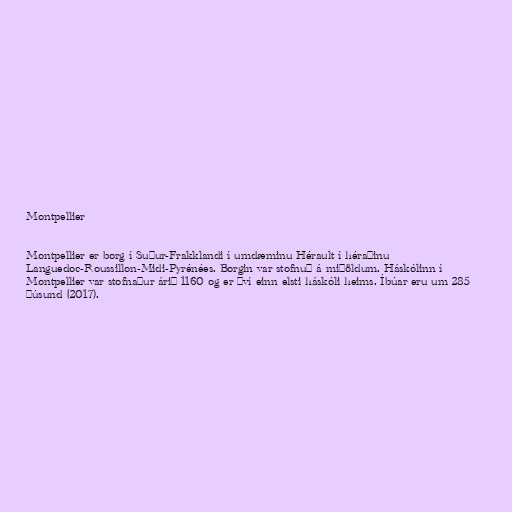
Montpellier

Montpellier er borg í Suður-Frakklandi í umdæminu Hérault í héraðinu
Languedoc-Roussillon-Midi-Pyrénées. Borgin var stofnuð á miðöldum. Háskólinn í
Montpellier var stofnaður árið 1160 og er því einn elsti háskóli heims. Íbúar eru um 285
þúsund (2017).